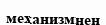
механизмнен